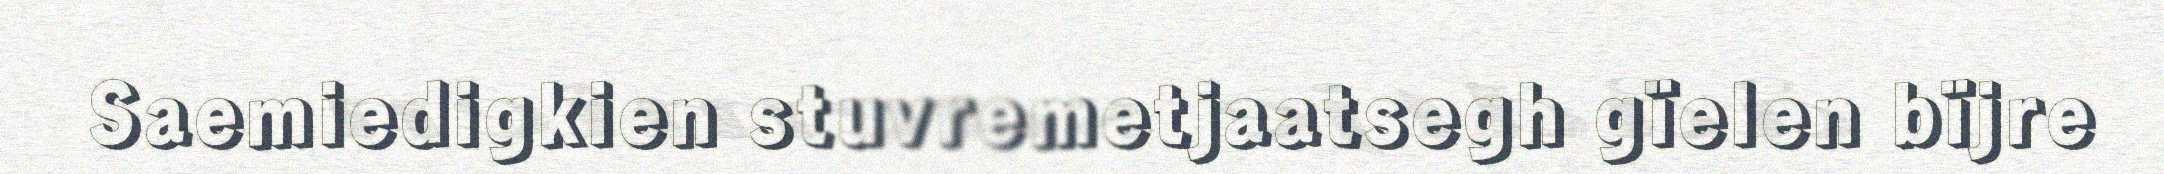
Saemiedigkien stuvremetjaatsegh gïelen bïjre